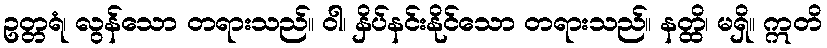
ဥတ္တရံ၊ လွန်သော တရားသည်။ ဝါ၊ နှိပ်နင်းနိုင်သော တရားသည်။ နတ္ထိ၊ မရှိ။ ဣတိ